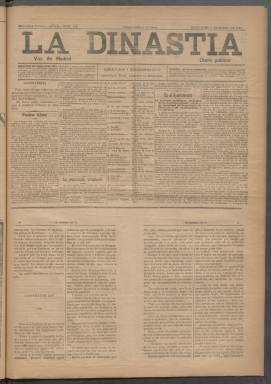
Título: La Dinastía (Madrid)
Colección: Periódicos
Ámbito geográfico: Madrid
Lugar de publicación: Madrid
Fechas: 15/03/1893-06/04/1893